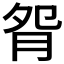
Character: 𦙵